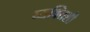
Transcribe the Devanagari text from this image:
व्यक्तिशी